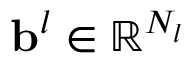
\mathbf { b } ^ { l } \in \mathbb { R } ^ { N _ { l } }